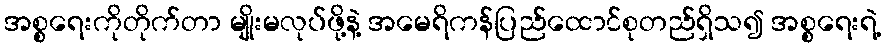
အစ္စရေးကိုတိုက်တာ မျိုးမလုပ်ဖို့နဲ့ အမေရိကန်ပြည်ထောင်စုတည်ရှိသ၍ အစ္စရေးရဲ့